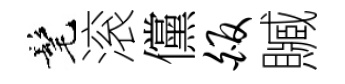
髦滚儻皈贓